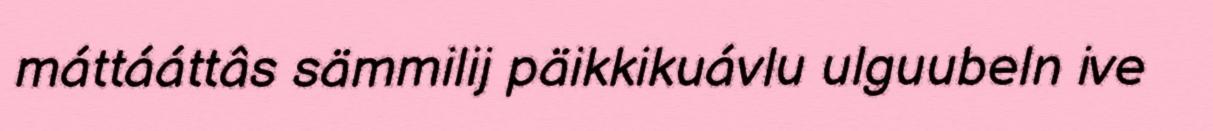
máttááttâs sämmilij päikkikuávlu ulguubeln ive